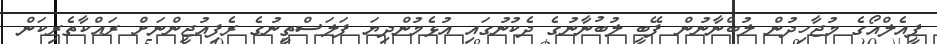
ޕީއެލްއޯގެ މުޖާހިދުން ލުބްނާނުން ފޭބީ ލުބުނާނުގެ ދެކުނުގައި އުޅެމުންދިޔަ ފަލަސްތީނުގެ ރެފިއުޖީންނަށް ރައްކާތެރިކަން